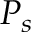
P _ { s }